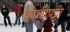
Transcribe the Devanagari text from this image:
कोलीपट्टी